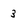
Character: 3